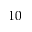
1 0